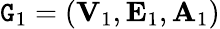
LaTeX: \mathtt{G}_{1}=({\mathbf{V}}_{1},{\mathbf{E}}_{1},{\mathbf{A}}_{1})